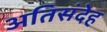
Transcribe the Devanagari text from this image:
अतिसंदेह